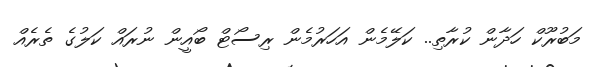
މަބުރޫކް ހަދާން ކުރާތި.. ކަލޭމެން އަހަރުމެން ރިސޯޓް ބޯއީން ނުރައް ކަލުގެ ތެރެއް